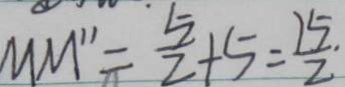
M M ^ { \prime \prime } = \frac { 5 } { 2 } + 5 = \frac { 1 5 } { 2 }